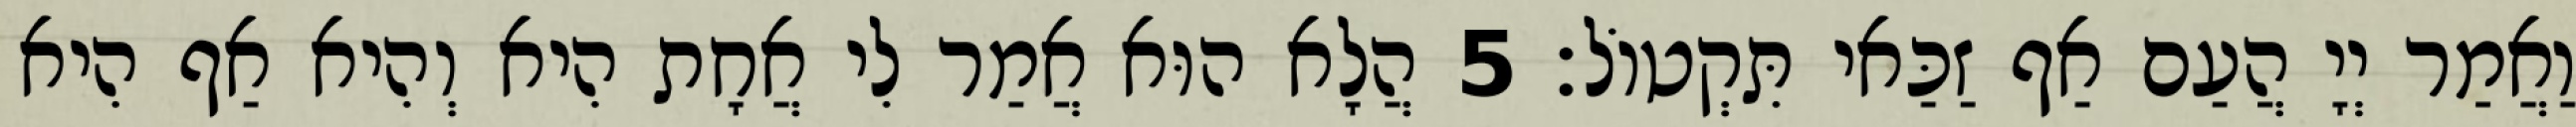
וַאֲמַר יְיָ הֲעַם אַף זַכַּאי תִּקְטוֹל׃ 5 הֲלָא הוּא אֲמַר לִי אֲחָת הִיא וְהִיא אַף הִיא